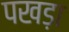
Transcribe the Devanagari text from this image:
पखड़ा